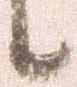
候